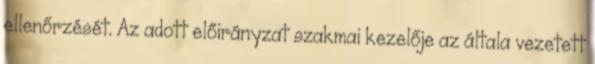
ellenőrzését. Az adott előirányzat szakmai kezelője az általa vezetett